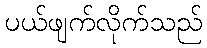
ပယ်ဖျက်လိုက်သည်